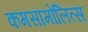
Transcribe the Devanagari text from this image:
कमसामोलित्स